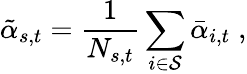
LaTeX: \tilde{\alpha}_{s,t}=\frac{1}{N_{s,t}}\sum_{i\in\mathcal{S}}\bar{\alpha}_{i,t}\; ,